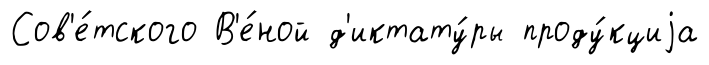
Сов'е́тского В'е́ной д'иктату́ры проду́кциjа